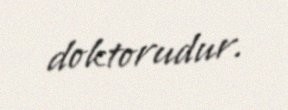
doktorudur.